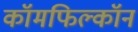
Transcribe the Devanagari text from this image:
कॉमफिल्कॉन